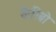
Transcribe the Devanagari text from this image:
कैरिबो